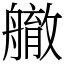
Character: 䒆